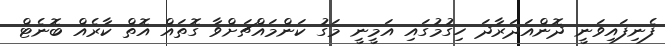
ފެނިފައިވަނީ ދޮންއަދަރާދަ ހިގުމުގައި އަމީނީ މަގު ކަންމައްޗަށްވާ ގޮތައް އޮތް ކާރެއް ބޮނެޓް